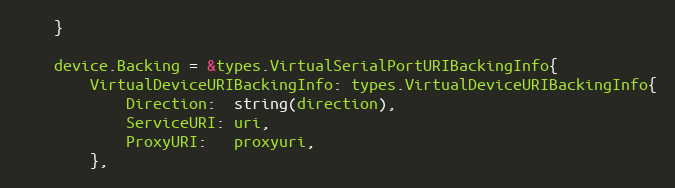
Language: Go
	}

	device.Backing = &types.VirtualSerialPortURIBackingInfo{
		VirtualDeviceURIBackingInfo: types.VirtualDeviceURIBackingInfo{
			Direction:  string(direction),
			ServiceURI: uri,
			ProxyURI:   proxyuri,
		},